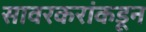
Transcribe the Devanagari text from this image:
सावरकरांकडून